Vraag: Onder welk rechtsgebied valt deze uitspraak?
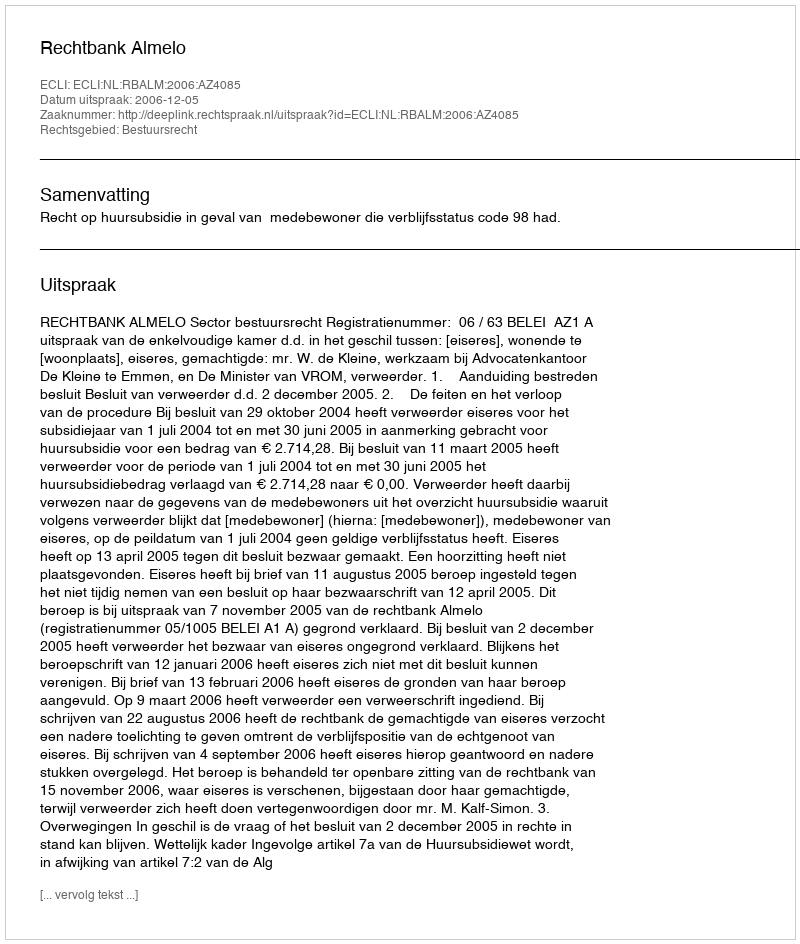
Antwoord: Bestuursrecht